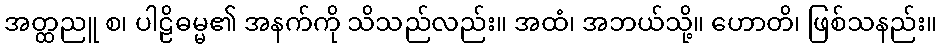
အတ္ထညူ စ၊ ပါဠိဓမ္မ၏ အနက်ကို သိသည်လည်း။ အထံ၊ အဘယ်သို့။ ဟောတိ၊ ဖြစ်သနည်း။